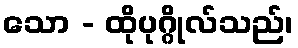
သော - ထိုပုဂ္ဂိုလ်သည်၊